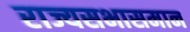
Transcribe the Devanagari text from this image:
राज्यसभासमान